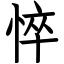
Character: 悴